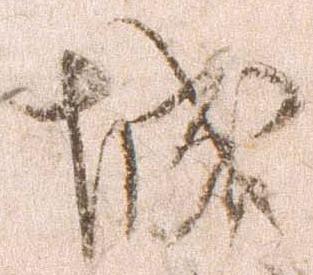
城